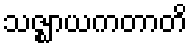
သဇ္ဈာယကတာတိ